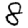
Digit: 8